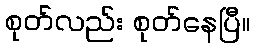
စုတ်လည်း စုတ်နေပြီ။